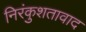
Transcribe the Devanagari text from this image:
निरंकुशतावाद